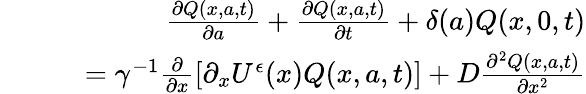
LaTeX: \begin{array}{rlr}&{}&{\frac{\partial Q(x,a,t)}{\partial a}+\frac{\partial Q(x,a,t)}{\partial t}+\delta(a)Q(x,0,t)}\\ &{}&{\quad=\gamma^{-1}\frac{\partial}{\partial x}\left[\partial_{x}U^{\epsilon}(x)Q(x,a,t)\right]+D\frac{\partial^{2}Q(x,a,t)}{\partial x^{2}}}\end{array}